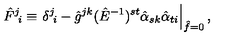
\hat { F } ^ { j } \! _ { i } \equiv \left. \delta ^ { j } \! _ { i } - \hat { g } ^ { j k } ( \hat { E } ^ { - 1 } ) ^ { s t } \hat { \alpha } _ { s k } \hat { \alpha } _ { t i } \right| _ { \hat { f } = 0 } ,